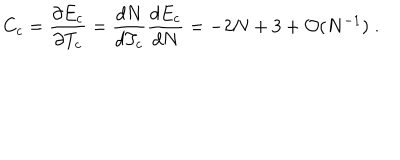
C _ { c } = \frac { \partial E _ { c } } { \partial T _ { c } } = \frac { d N } { d T _ { c } } \frac { d E _ { c } } { d N } = - 2 N + 3 + { \cal O } ( N ^ { - 1 } ) \; .